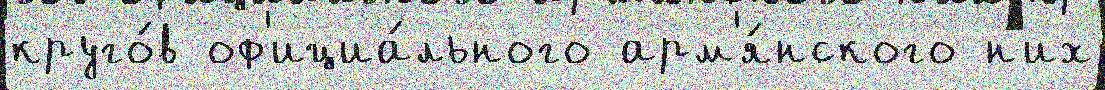
круго́в оф'ициа́льного арм'я́нского н'их